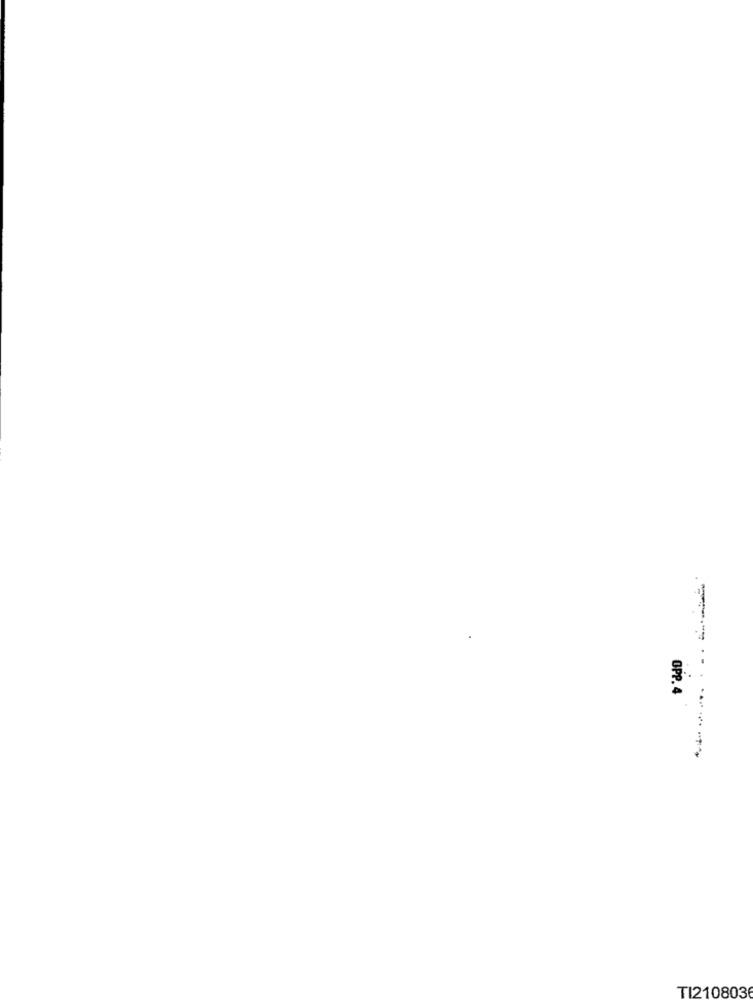
OPP. 4
TI2108036